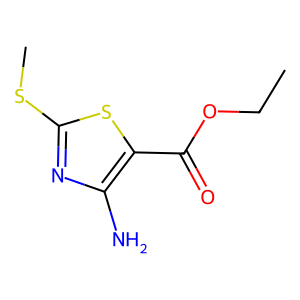
SMILES: CCOC(=O)c1sc(SC)nc1N
Inhibits HIV replication: No